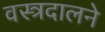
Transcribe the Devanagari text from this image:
वस्त्रदालने